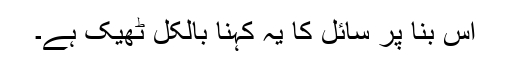
اس بنا پر سائل کا یہ کہنا بالکل ٹھیک ہے۔